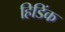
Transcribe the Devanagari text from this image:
हिडिंक